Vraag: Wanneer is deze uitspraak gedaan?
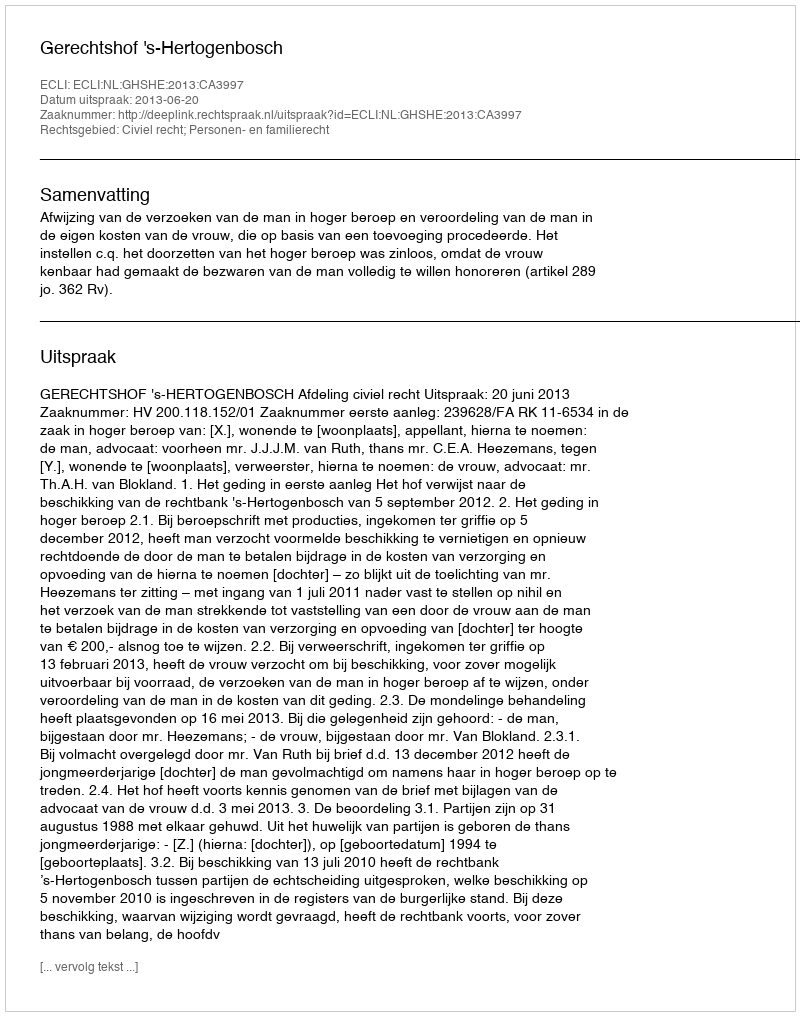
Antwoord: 2013-06-20